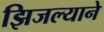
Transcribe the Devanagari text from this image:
झिजल्याने